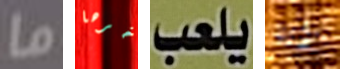
ما آخرها يلعب راينا